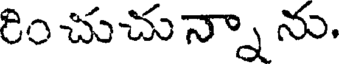
రిం చుచున్నా ను.